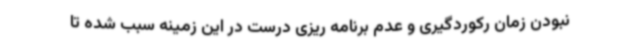
نبودن زمان رکوردگیری و عدم برنامه ریزی درست در این زمینه سبب شده تا